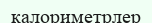
калориметрлер